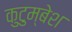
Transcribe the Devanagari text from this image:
कुटुम्बेश